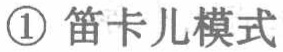
\textcircled{1} 笛卡儿模式